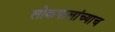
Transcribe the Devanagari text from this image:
लोकपालांच्याच